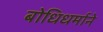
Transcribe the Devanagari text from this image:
बोधिधर्माने